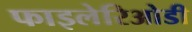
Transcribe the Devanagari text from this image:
फाइलेरिओडी